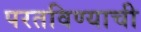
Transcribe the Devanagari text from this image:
परतविण्याची